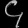
Digit: ၄